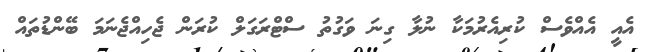
އެއީ އެއްވެސް ކުރިއެރުމަކާ ނުލާ ގިނަ ވަގުތު ސްޓްރަގަލް ކުރަން ޖެހިއްޖެނަމަ ބޭންޑުތައް